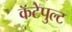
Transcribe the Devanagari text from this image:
कॅटेपुल्ट